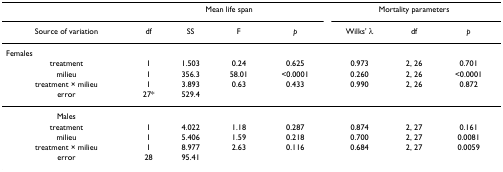
|  | <COLSPAN=4> Mean life span | <COLSPAN=3> Mortality parameters |
 | Source of variation | df | SS | F | p | Wilks' λ | df | p |
 | --- | --- | --- | --- | --- | --- | --- | --- |
 | Females |  |  |  |  |  |  |  |
 | treatment | 1 | 1.503 | 0.24 | 0.625 | 0.973 | 2, 26 | 0.701 |
 | milieu | 1 | 356.3 | 58.01 | <0.0001 | 0.260 | 2, 26 | <0.0001 |
 | treatment × milieu | 1 | 3.893 | 0.63 | 0.433 | 0.990 | 2, 26 | 0.872 |
 | error | 27* | 529.4 |  |  |  |  |  |
 | Males |  |  |  |  |  |  |  |
 | treatment | 1 | 4.022 | 1.18 | 0.287 | 0.874 | 2, 27 | 0.161 |
 | milieu | 1 | 5.406 | 1.59 | 0.218 | 0.700 | 2, 27 | 0.0081 |
 | treatment × milieu | 1 | 8.977 | 2.63 | 0.116 | 0.684 | 2, 27 | 0.0059 |
 | error | 28 | 95.41 |  |  |  |  |  |